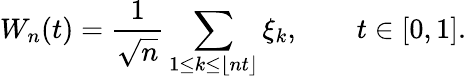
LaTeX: W_{n}(t)={\frac{1}{\sqrt{n}}}\sum_{1\leq k\leq\lfloor nt\rfloor}\xi_{k},\qquad t\in[0,1].